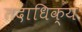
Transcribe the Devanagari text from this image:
तदाधिक्य